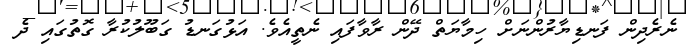
ނެރެދިން ފަނޑިޔާރުންނަށް ހިމާޔަތް ދޭން ރާވާފައި ނެތީއެވެ. އަޅުގަނޑު ގަބޫލުކުރާ ގޮތުގައި ދެ